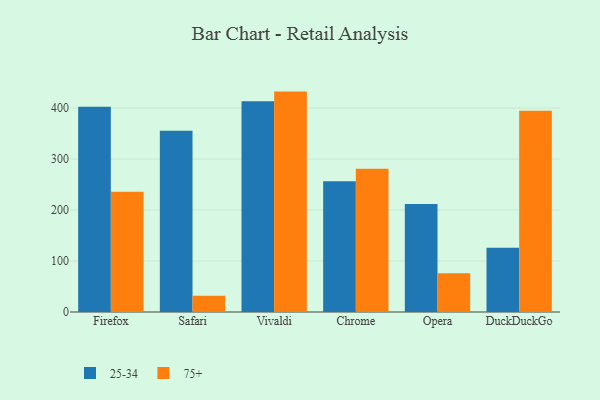
{"axis": {"x": "Browser", "y": "Budget (USD K)"}, "legend": ["25-34", "75+"], "data": [{"x": "Firefox", "y": 402.8, "type": "25-34"}, {"x": "Firefox", "y": 235.9, "type": "75+"}, {"x": "Safari", "y": 355.4, "type": "25-34"}, {"x": "Safari", "y": 32.0, "type": "75+"}, {"x": "Vivaldi", "y": 413.5, "type": "25-34"}, {"x": "Vivaldi", "y": 432.3, "type": "75+"}, {"x": "Chrome", "y": 256.7, "type": "25-34"}, {"x": "Chrome", "y": 281.0, "type": "75+"}, {"x": "Opera", "y": 212.0, "type": "25-34"}, {"x": "Opera", "y": 75.8, "type": "75+"}, {"x": "DuckDuckGo", "y": 126.0, "type": "25-34"}, {"x": "DuckDuckGo", "y": 394.8, "type": "75+"}]}